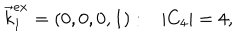
LaTeX: \vec { k } _ { 1 } ^ { e x } = ( 0 , 0 , 0 , 1 ) : \, \, \, \, \, | C _ { 4 } | = 4 ,